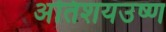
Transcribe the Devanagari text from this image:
अतिशयउष्ण